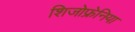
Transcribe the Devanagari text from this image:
शिजोफ्रेनिया